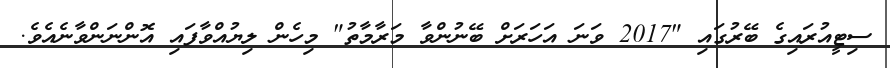
ސިޓީއުރައިގެ ބޭރުގައި "2017 ވަނަ އަހަރަށް ބޭނުންވާ މަރާމާތު" މިހެން ލިޔުއްވާފައި އޮންނަންވާނެއެވެ.